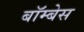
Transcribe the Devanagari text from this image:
बॉम्बेस